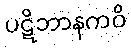
ပဋိဘာနကဝိ